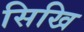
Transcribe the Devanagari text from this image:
सिखि